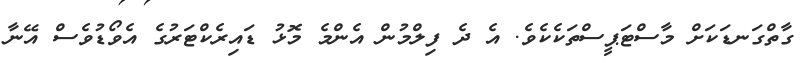
ގާތްގަނޑަކަށް މާސްޓަޕީސްތަކެކެވެ. އެ ދެ ފިލްމުން އެންމެ މޮޅު ޑައިރެކްޓަރުގެ އެވޯޑުވެސް އޭނާ